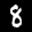
Label: 8